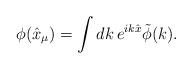
\begin{align*}\phi(\hat{x}_\mu)=\int dk\,e^{ik\hat{x}}\tilde{\phi}(k).\end{align*}